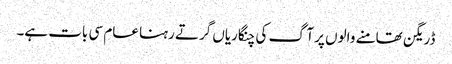
ڈریگن تھامنے والوں پر آگ کی چنگاریاں گرتے رہنا عام سی بات ہے۔